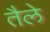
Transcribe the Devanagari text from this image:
तैले